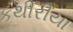
કથીરીયા